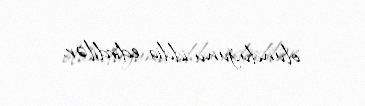
olunduğunu iddia edirdilər.